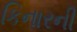
કિનારની